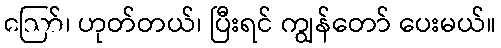
ဪ၊ ဟုတ်တယ်၊ ပြီးရင် ကျွန်တော် ပေးမယ်။